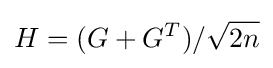
H=(G+G^{T})/{\sqrt {2n}}